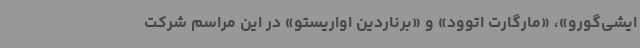
ایشی‌گورو»، «مارگارت اتوود» و «برناردین اواریستو» در این مراسم شرکت